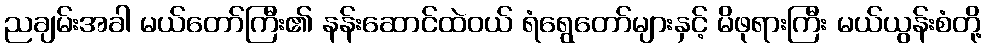
ညချမ်းအခါ မယ်တော်ကြီး၏ နန်းဆောင်ထဲဝယ် ရံရွေတော်များနှင့် မိဖုရားကြီး မယ်ယွန်းစံတို့